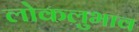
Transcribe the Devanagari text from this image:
लोकलुभाव